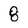
Character: 8